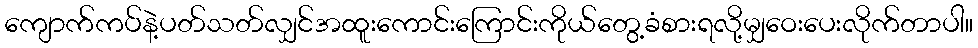
ကျောက်ကပ်နဲ့ပတ်သတ်လျှင်အထူးကောင်းကြောင်းကိုယ်တွေ့ခံစားရလို့မျှဝေးပေးလိုက်တာပါ။